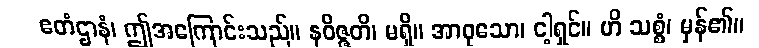
ဧတံဌာနံ၊ ဤအကြောင်းသည်။ နဝိဇ္ဇတိ၊ မရှိ။ အာဝုသော၊ ငါ့ရှင်။ ဟိ သစ္စံ၊ မှန်၏။